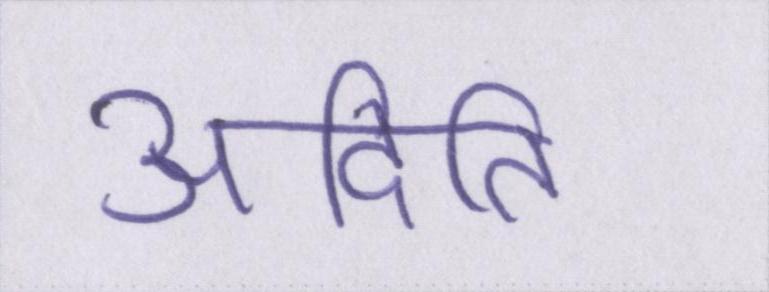
अदिति